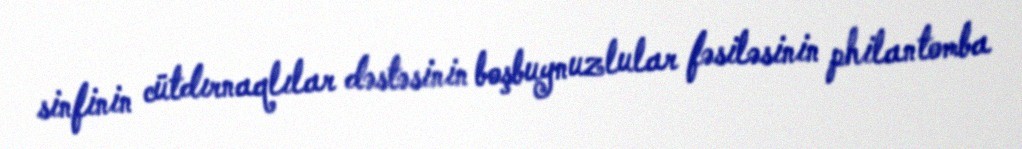
sinfinin cütdırnaqlılar dəstəsinin boşbuynuzlular fəsiləsinin philantomba